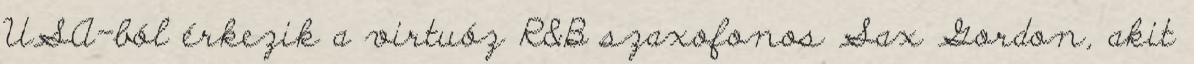
USA-ból érkezik a virtuóz R&B szaxofonos Sax Gordon, akit